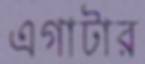
এগাটার